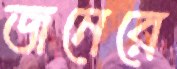
জনেরে